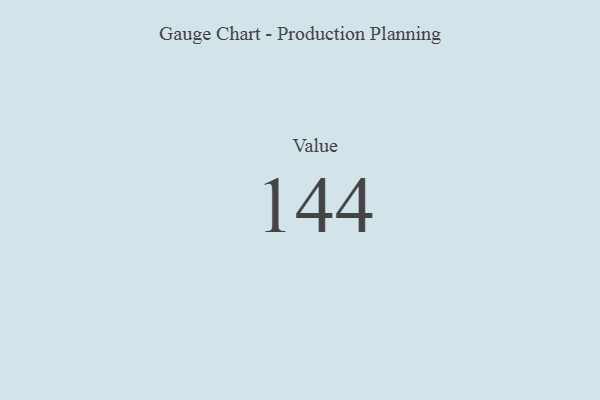
{"axis": {"x": "Metric", "y": "Value"}, "legend": [""], "data": [{"x": "Value", "y": 144, "type": ""}]}